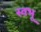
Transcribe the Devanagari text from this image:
स्वभू